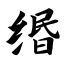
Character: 缗